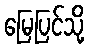
မြေပြင်သို့